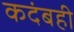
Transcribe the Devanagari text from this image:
कदंबही